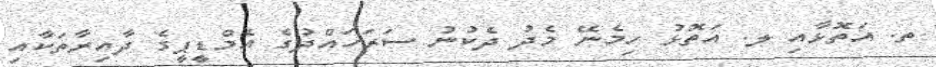
ތ. އަތޮޅާއި ލ. އަތޮޅު ހިމެނޭ މެދު ދެކުނު ސަރަހައްދުގެ އެމްޑީޕީގެ ދާއިރާތަކާއި